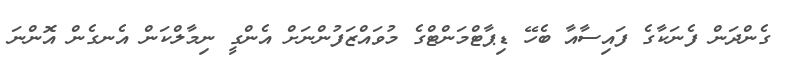
ގެންދަން ފެނަކާގެ ފައިސާއާ ބެހޭ ޑިޕާޓްމަންޓްގެ މުވައްޒަފުންނަށް އެންގީ ނިމާލްކަން އެނގެން އޮންނަ